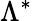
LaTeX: \Lambda^{*}